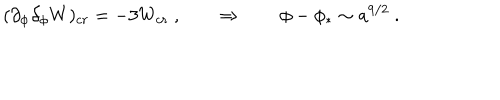
( \partial _ { \phi } \partial _ { \phi } W ) _ { c r } = - 3 W _ { c r } \ , \qquad \Rightarrow \qquad \phi - \phi _ { * } \sim a ^ { 9 / 2 } \ .